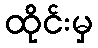
ထိုင်းမှ